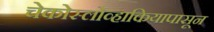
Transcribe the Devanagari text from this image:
चेकोस्लोव्हाकियापासून